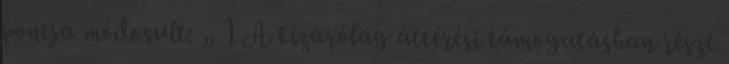
pontja módosult: „ 1 A kizárólag áttérési támogatásban részt